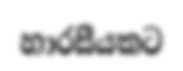
හාරසීයකට